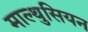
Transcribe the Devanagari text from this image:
माल्थुसियन